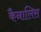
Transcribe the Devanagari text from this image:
कैनालिस